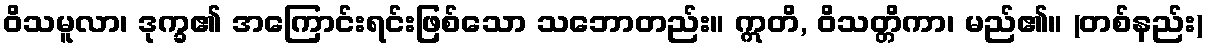
ဝိသမူလာ၊ ဒုက္ခ၏ အကြောင်းရင်းဖြစ်သော သဘောတည်း။ ဣတိ, ဝိသတ္တိကာ၊ မည်၏။ (တစ်နည်း)